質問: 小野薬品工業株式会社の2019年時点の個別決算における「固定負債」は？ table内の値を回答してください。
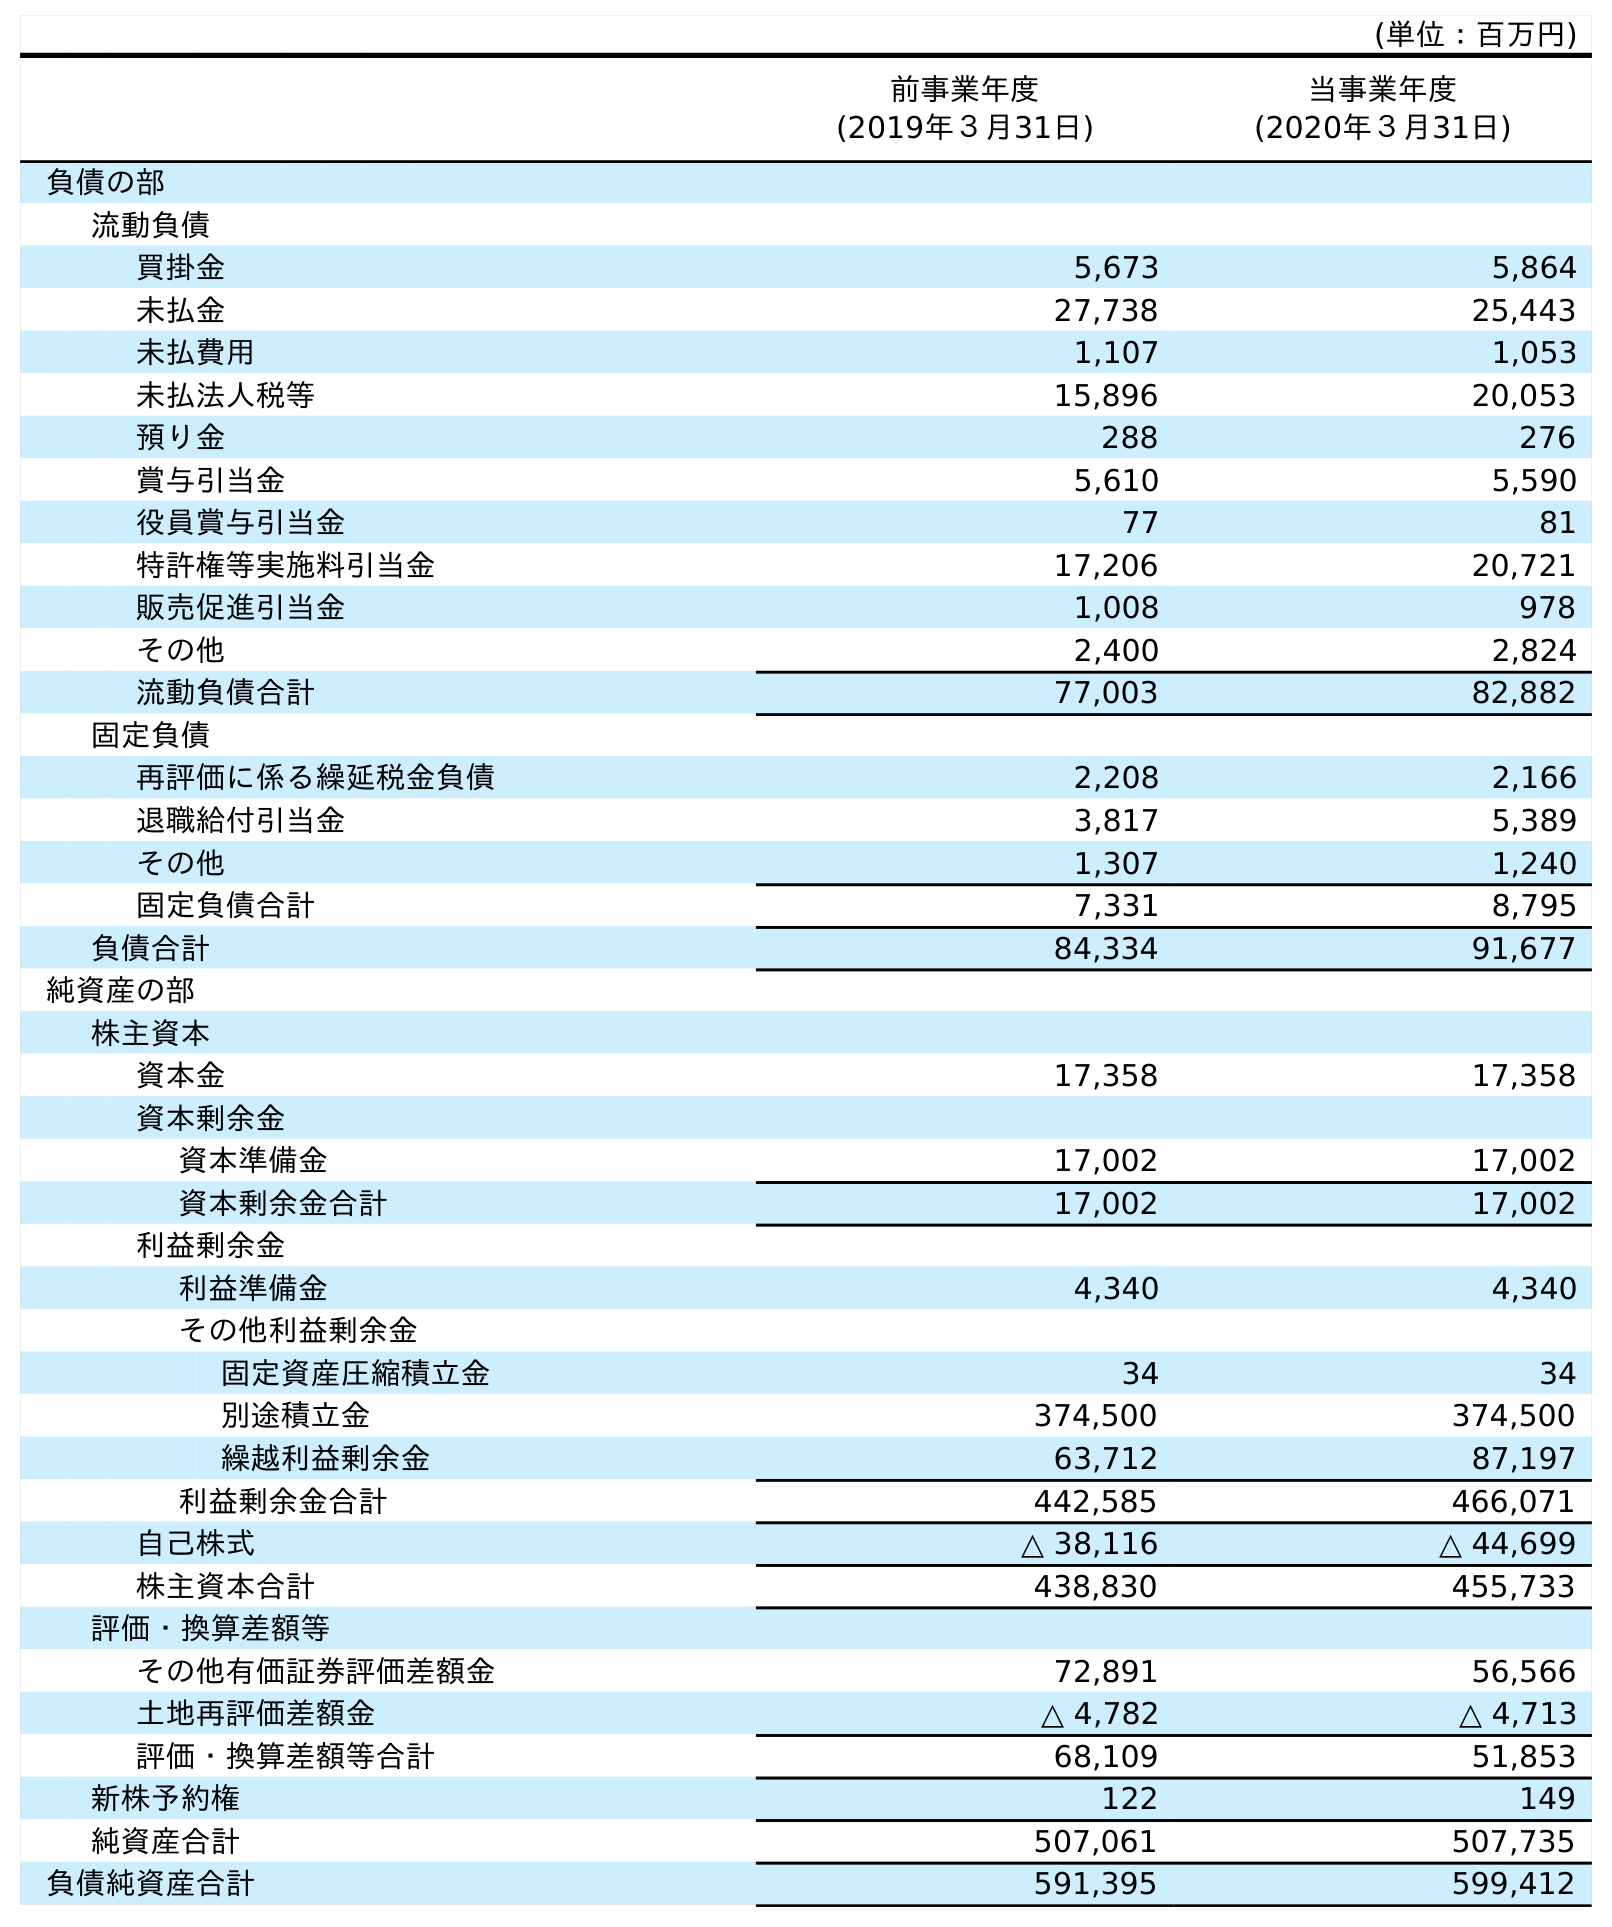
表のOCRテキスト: (単位：百万円) 前事業年度 (2019年３月31日) 当事業年度 (2020年３月31日) 負債の部 流動負債 買掛金 5,673 5,864 未払金 27,738 25,443 未払費用 1,107 1,053 未払法人税等 15,896 20,053 預り金 288 276 賞与引当金 5,610 5,590 役員賞与引当金 77 81 特許権等実施料引当金 17,206 20,721 販売促進引当金 1,008 978 その他 2,400 2,824 流動負債合計 77,003 82,882 固定負債 再評価に係る繰延税金負債 2,208 2,166 退職給付引当金 3,817 5,389 その他 1,307 1,240 固定負債合計 7,331 8,795 負債合計 84,334 91,677 純資産の部 株主資本 資本金 17,358 17,358 資本剰余金 資本準備金 17,002 17,002 資本剰余金合計 17,002 17,002 利益剰余金 利益準備金 4,340 4,340 その他利益剰余金 固定資産圧縮積立金 34 34 別途積立金 374,500 374,500 繰越利益剰余金 63,712 87,197 利益剰余金合計 442,585 466,071 自己株式 △ 38,116 △ 44,699 株主資本合計 438,830 455,733 評価・換算差額等 その他有価証券評価差額金 72,891 56,566 土地再評価差額金 △ 4,782 △ 4,713 評価・換算差額等合計 68,109 51,853 新株予約権 122 149 純資産合計 507,061 507,735 負債純資産合計 591,395 599,412
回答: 7,331